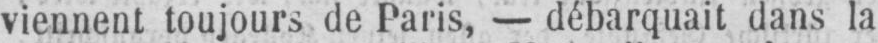
viennent toujours de Paris, - débarquait dans la